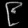
Digit: ၉